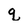
Character: q